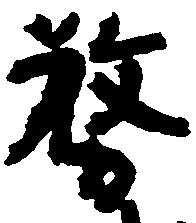
務